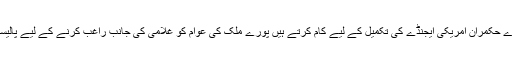
انہوں نے کہا کہ ہمارے حکمران امریکی ایجنڈے کی تکمیل کے لیے کام کرتے ہیں پورے ملک کی عوام کو غلامی کی جانب راغب کرنے کے لیے پالیسیاں بنائی جا رہی ہیں ۔